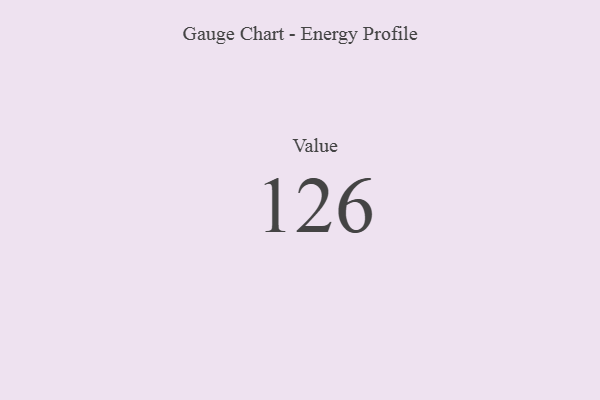
{"axis": {"x": "Metric", "y": "Value"}, "legend": [""], "data": [{"x": "Value", "y": 126, "type": ""}]}